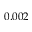
0 . 0 0 2